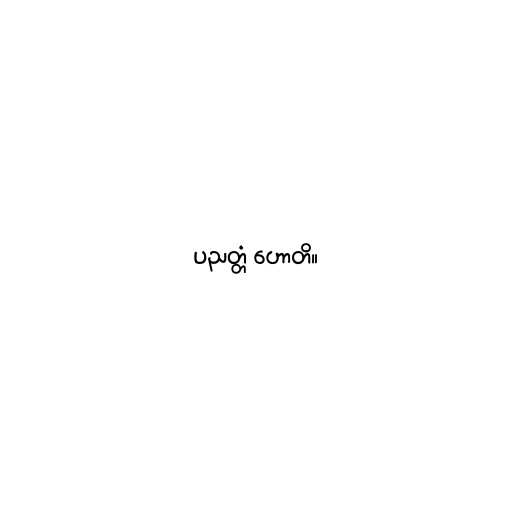
ပညတ္တံ ဟောတိ။